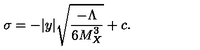
\sigma = - | y | \sqrt { { \frac { - { \Lambda } } { \displaystyle { 6 M _ { X } ^ { 3 } } } } } + c . \,